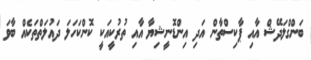
ބަންގްލަދޭޝް އާއި ޕާކިސްތާން އަދި އިންޑޮނީޝިޔާ އާއި ތުރުކީއަކީ ކޮންކަހަލަ ދައުލަތްތަކެއް ބާވަ